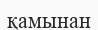
қамынан